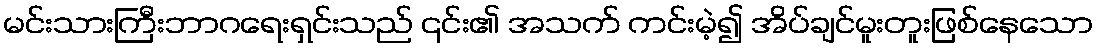
မင်းသားကြီးဘာဂရေးရှင်းသည် ၎င်း၏ အသက် ကင်းမဲ့၍ အိပ်ချင်မူးတူးဖြစ်နေသော